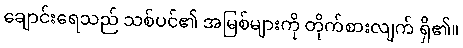
ချောင်းရေသည် သစ်ပင်၏ အမြစ်များကို တိုက်စားလျက် ရှိ၏။